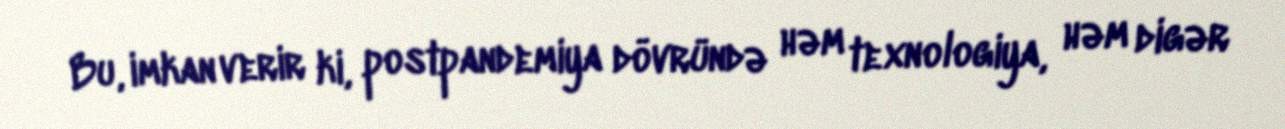
Bu, imkan verir ki, postpandemiya dövründə həm texnologiya, həm digər